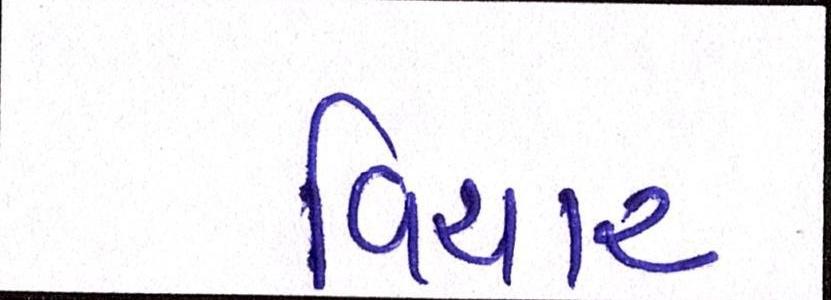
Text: વિચાર